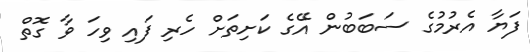
ފަޔާ އެރުމުގެ ސަބަބުން އޭގެ ކަށިތަށް ހެރި ފައި ވިހަ ވާ ގޮތް